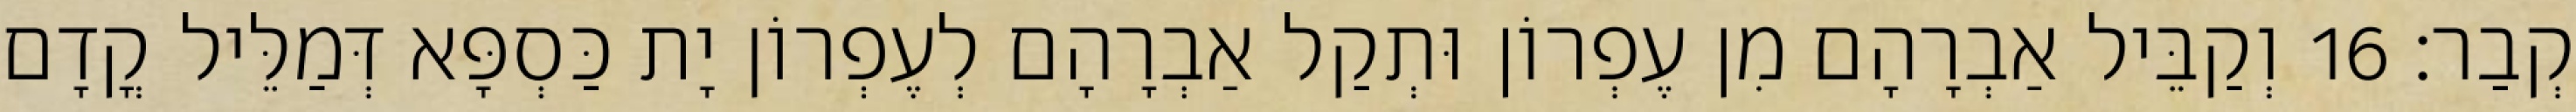
קְבַר׃ 16 וְקַבֵּיל אַבְרָהָם מִן עֶפְרוֹן וּתְקַל אַבְרָהָם לְעֶפְרוֹן יָת כַּסְפָּא דְּמַלֵּיל קֳדָם